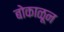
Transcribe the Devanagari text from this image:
बोकाळून